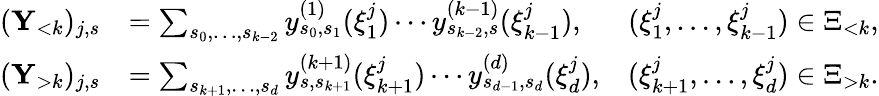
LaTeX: \begin{array}{rlr}{(\mathbf{Y}_{<k})_{j,s}}&{=\sum_{s_{0},\ldots,s_{k-2}}y_{s_{0},s_{1}}^{(1)}(\xi_{1}^{j})\cdots y_{s_{k-2},s}^{(k-1)}(\xi_{k-1}^{j}),}&{(\xi_{1}^{j},\ldots,\xi_{k-1}^{j})\in\Xi_{<k},}\\ {(\mathbf{Y}_{>k})_{j,s}}&{=\sum_{s_{k+1},\ldots,s_{d}}y_{s,s_{k+1}}^{(k+1)}(\xi_{k+1}^{j})\cdots y_{s_{d-1},s_{d}}^{(d)}(\xi_{d}^{j}),}&{(\xi_{k+1}^{j},\ldots,\xi_{d}^{j})\in\Xi_{>k}.}\end{array}